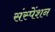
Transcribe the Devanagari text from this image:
संस्पेंशन